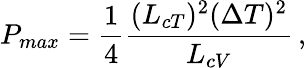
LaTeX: P_{max}=\frac{1}{4}\frac{(L_{cT})^{2}(\Delta T)^{2}}{L_{cV}}\, ,